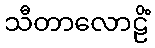
သီတာလောဠိံ